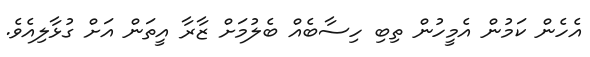
އެހެން ކަމުން އެމީހުން ތިބި ހިސާބެއް ބެލުމަށް ޒާރާ އީތަން އަށް ގުޅާލިއެވެ.